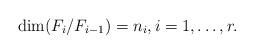
LaTeX: \begin{gather*} \dim (F_i / F_{i-1})=n_i, i=1,\ldots, r.\end{gather*}